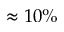
\approx 1 0 \%